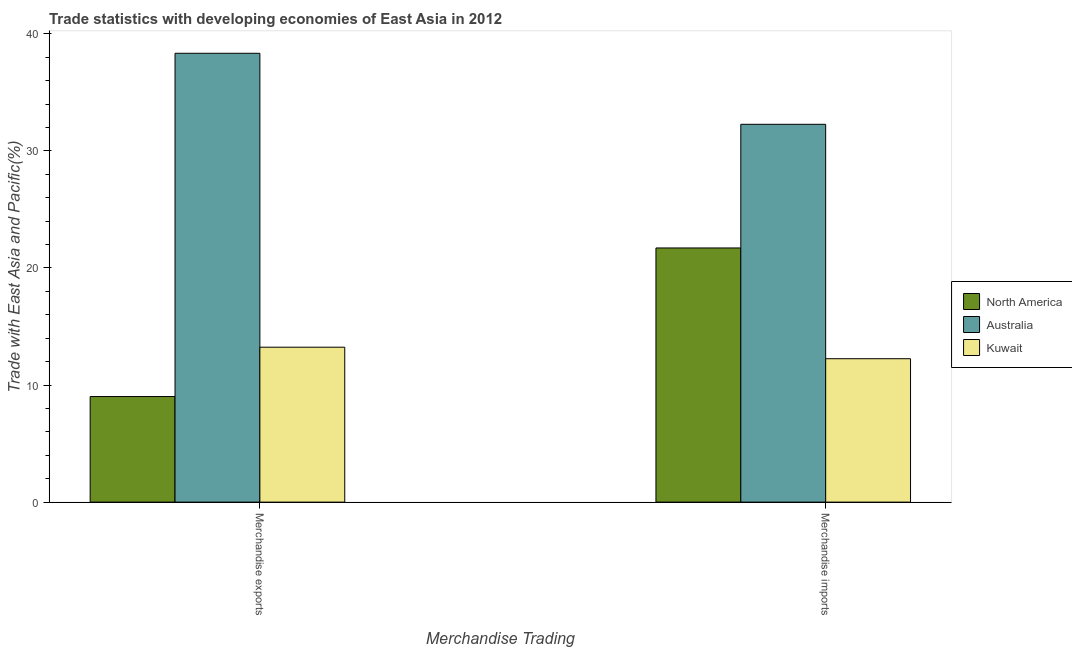
| Merchandise Trading | North America | Australia | Kuwait |
 | --- | --- | --- | --- |
 | Merchandise exports | 9.02 | 38.3 | 13.2 |
 | Merchandise imports | 21.7 | 32.3 | 12.2 |